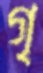
গৃ